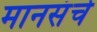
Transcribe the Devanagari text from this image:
मानसंचे